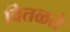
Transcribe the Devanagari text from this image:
वितळते